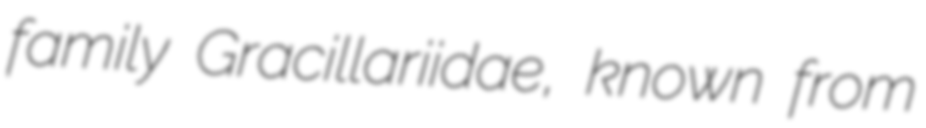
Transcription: family Gracillariidae, known from